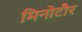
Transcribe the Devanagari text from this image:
मिनोटौर